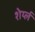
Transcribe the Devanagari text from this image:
शेर्य्ल